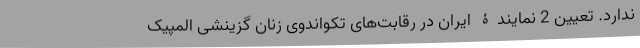
ندارد. تعیین 2 نمایندۀ ایران در رقابت‌های تکواندوی زنان گزینشی المپیک